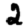
Digit: 2